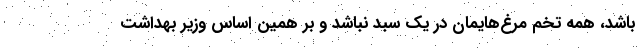
باشد، همه تخم مرغ‌هایمان در یک سبد نباشد و بر همین اساس وزیر بهداشت